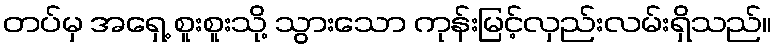
တပ်မှ အရှေ့ စူးစူးသို့ သွားသော ကုန်းမြင့်လှည်းလမ်းရှိသည်။